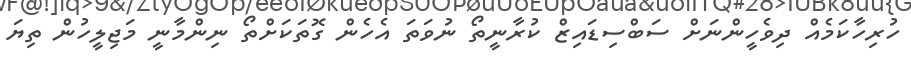
ހުރިހާކަމެއް ދިވެހީންނަށް ސަބްސިޑައިޒް ކުރާނީތޯ ނުވަތަ އެހެން ގޮތަކަށްތޯ ނިންމާނީ މަޖިލީހުން ތިޔަ